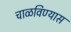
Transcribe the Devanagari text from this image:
चाळविण्यास